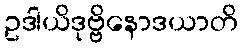
ဥဒါယိဒုဗ္ဗိနောဒယာတိ